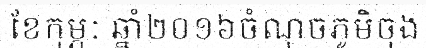
ខែកុម្ភៈ ឆ្នាំ២០១៦ចំណុចភូមិចុង